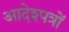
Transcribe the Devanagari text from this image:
आदेश्पत्रों